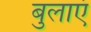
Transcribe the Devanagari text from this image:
बुलाएं